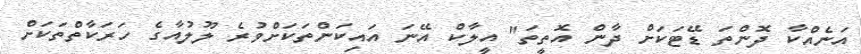
އަނެއްކާ ދޮންތަ ޑޭޓަކަށް ދާން އޮތީތަ" އީލާކް އޭނަ އައިކަންތަކަށްވުރެ ލޫލުއާގެ ހަރަކާތްތަކަށް